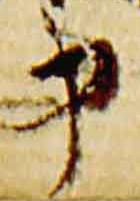
申